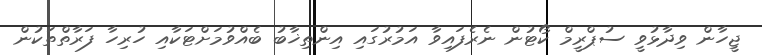
ޖީހާން ވިދާޅުވީ ސުޕްރީމް ކޯޓުން ނެރެފައިވާ އަމުރުގައި އިންތިޚާބު ބެއްވުމަށްޓަކާއި ހުރިހާ ފަރާތްތަކުން